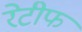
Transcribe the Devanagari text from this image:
रेटीफ